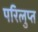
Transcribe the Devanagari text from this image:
परिलुप्त